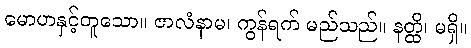
မောဟနှင့်တူသော။ ဇာလံနာမ၊ ကွန်ရက် မည်သည်။ နတ္ထိ၊ မရှိ။